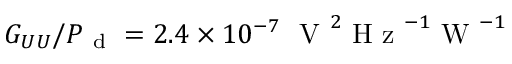
G _ { U U } / P _ { \mathrm { ~ d ~ } } = 2 . 4 \times 1 0 ^ { - 7 } ~ \mathrm { ~ V ~ } ^ { 2 } \mathrm { ~ H ~ z ~ } ^ { - 1 } \mathrm { ~ W ~ } ^ { - 1 }